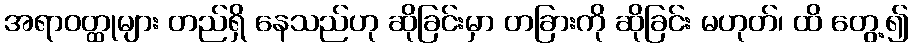
အရာဝတ္ထုများ တည်ရှိ နေသည်ဟု ဆိုခြင်းမှာ တခြားကို ဆိုခြင်း မဟုတ်၊ ထိ တွေ့၍